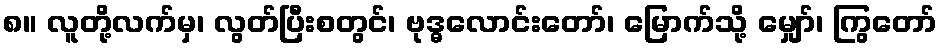
၈။ လူတို့လက်မှ၊ လွတ်ပြီးစတွင်၊ ဗုဒ္ဓလောင်းတော်၊ မြောက်သို့ မျှော်၊ ကြွတော်